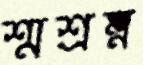
শ্মশ্রম্ন